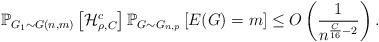
LaTeX: \begin{align*} \mathbb{P}_{G_1 \sim G(n,m)}\left[ \mathcal{H}^c_{\rho,C} \right] \mathbb{P}_{G \sim G_{n,p}}\left[E(G)=m\right]\leq O \left( \frac{1}{n^{\frac{C}{16}-2}}\right).\end{align*}